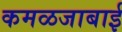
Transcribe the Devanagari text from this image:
कमळजाबाई